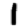
Digit: 1